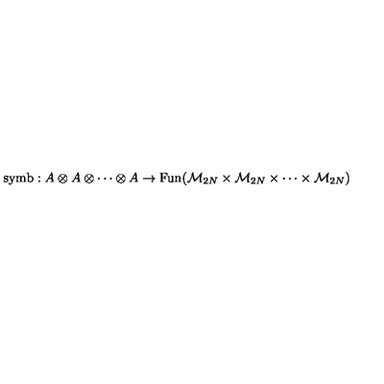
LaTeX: \mathrm { s y m b } : A \otimes A \otimes \cdots \otimes A \rightarrow \mathrm { F u n } ( { \cal M } _ { 2 N } \times { \cal M } _ { 2 N } \times \cdots \times { \cal M } _ { 2 N } )